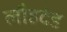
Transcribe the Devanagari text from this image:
लौहदंड